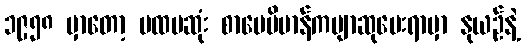
၁၉၅၈ မှာတော့ ပထမဆုံး စာပေဗိမာန်ကဗျာဆုပေးရာမှာ နုယဉ်နဲ့